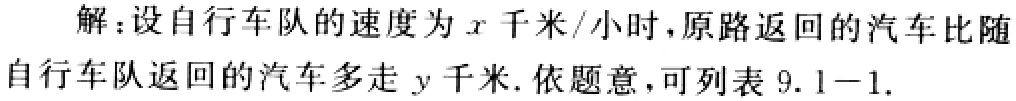
解：设自行车队的速度为\(x\)千米/小时，原路返回的汽车比随自行车队返回的汽车多走\(y\)千米. 依题意，可列表\(9.1 - 1\).